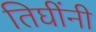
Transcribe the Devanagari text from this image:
तिघींनी